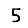
Digit: 5